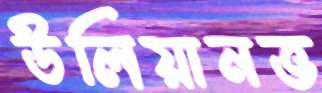
উলিয়ানভ